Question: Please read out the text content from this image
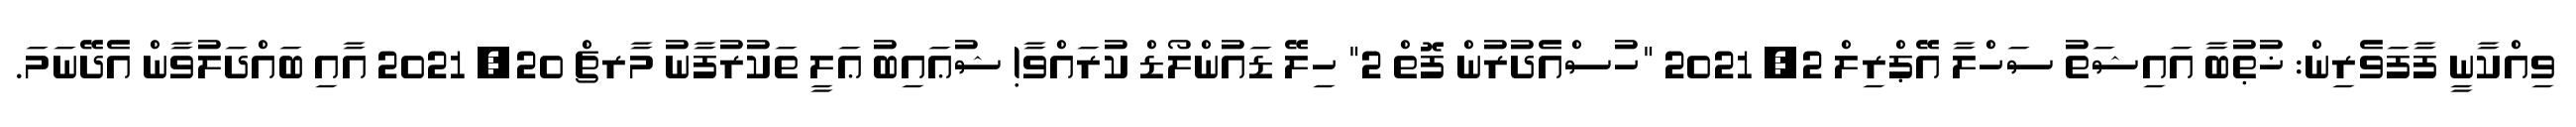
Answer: ވިއްކާނީ ފާފަވެރިން: ޚުޠުބާ އައިޝަތު ސަހްލާ އޭޕްރިލް 2, 2021 "ހުސްއެދުރުން ފޮތް 2" ހިލޭ ޑައުންލޯޑް ކުރައްވާ! ޝުޢައިބު ޢަލީ ތަކުރުފާނު މާރޗް 20, 2021 އާއި ބައްދަލުވާން އެދޭނަމަ.